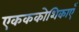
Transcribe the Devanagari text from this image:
एकककोशिकाएँ